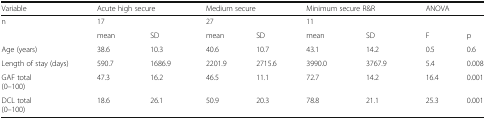
| Variable | <COLSPAN=2> Acute high secure | <COLSPAN=2> Medium secure | <COLSPAN=2> Minimum secure R&R | <COLSPAN=2> ANOVA |
 | --- | --- | --- | --- | --- | --- | --- | --- | --- |
 | n | <COLSPAN=2> 17 | <COLSPAN=2> 27 | <COLSPAN=2> 11 |  |  |
 |  | mean | SD | mean | SD | mean | SD | F | p |
 | Age (years) | 38.6 | 10.3 | 40.6 | 10.7 | 43.1 | 14.2 | 0.5 | 0.6 |
 | Length of stay (days) | 590.7 | 1686.9 | 2201.9 | 2715.6 | 3990.0 | 3767.9 | 5.4 | 0.008 |
 | GAF total(0–100) | 47.3 | 16.2 | 46.5 | 11.1 | 72.7 | 14.2 | 16.4 | 0.001 |
 | DCL total(0–100) | 18.6 | 26.1 | 50.9 | 20.3 | 78.8 | 21.1 | 25.3 | 0.001 |